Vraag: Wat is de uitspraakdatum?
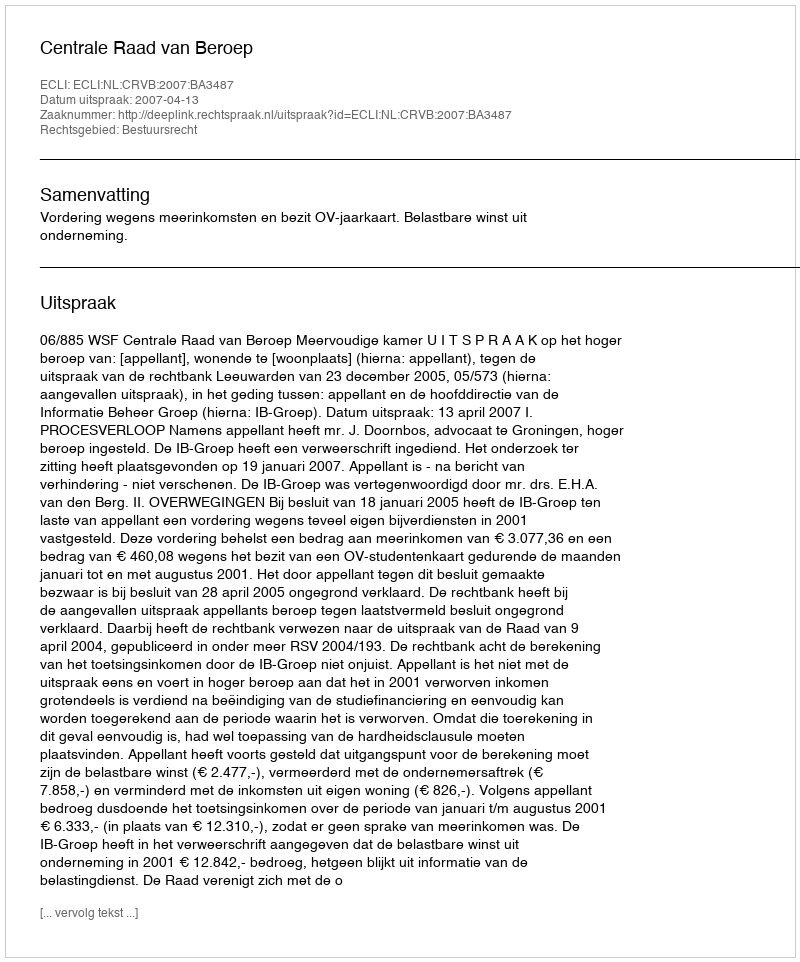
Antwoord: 2007-04-13